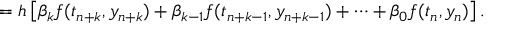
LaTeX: = h \left[ \beta _ { k } f ( t _ { n + k } , y _ { n + k } ) + \beta _ { k - 1 } f ( t _ { n + k - 1 } , y _ { n + k - 1 } ) + \cdots + \beta _ { 0 } f ( t _ { n } , y _ { n } ) \right] .